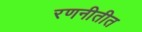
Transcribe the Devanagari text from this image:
रणनीतीत